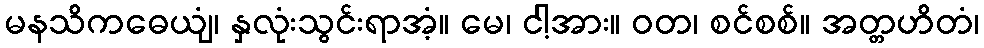
မနသိကဓေယျံ၊ နှလုံးသွင်းရာအံ့။ မေ၊ ငါ့အား။ ဝတ၊ စင်စစ်။ အတ္တဟိတံ၊